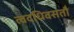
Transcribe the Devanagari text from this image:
त्वदधिवसतौ